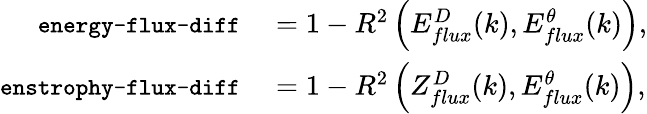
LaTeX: \begin{array}{rl}{\texttt{\small energy-flux-diff}}&{{}=1-R^{2}\left(E_{flux}^{D}(k),E_{flux}^{\theta}(k)\right),}\\ {\texttt{\small enstrophy-flux-diff}}&{{}=1-R^{2}\left(Z_{flux}^{D}(k),E_{flux}^{\theta}(k)\right),}\end{array}